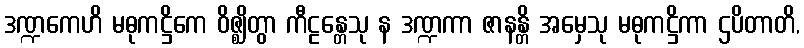
ဒဏ္ဍကေဟိ မဓုကဋ္ဌိကေ ဝိဇ္ဈိတွာ ကီဠန္တေသု န ဒဏ္ဍကာ ဇာနန္တိ အမှေသု မဓုကဋ္ဌိကာ ဌပိတာတိ,